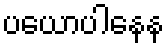
ပယောပါနေန